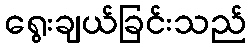
ရွေးချယ်ခြင်းသည်